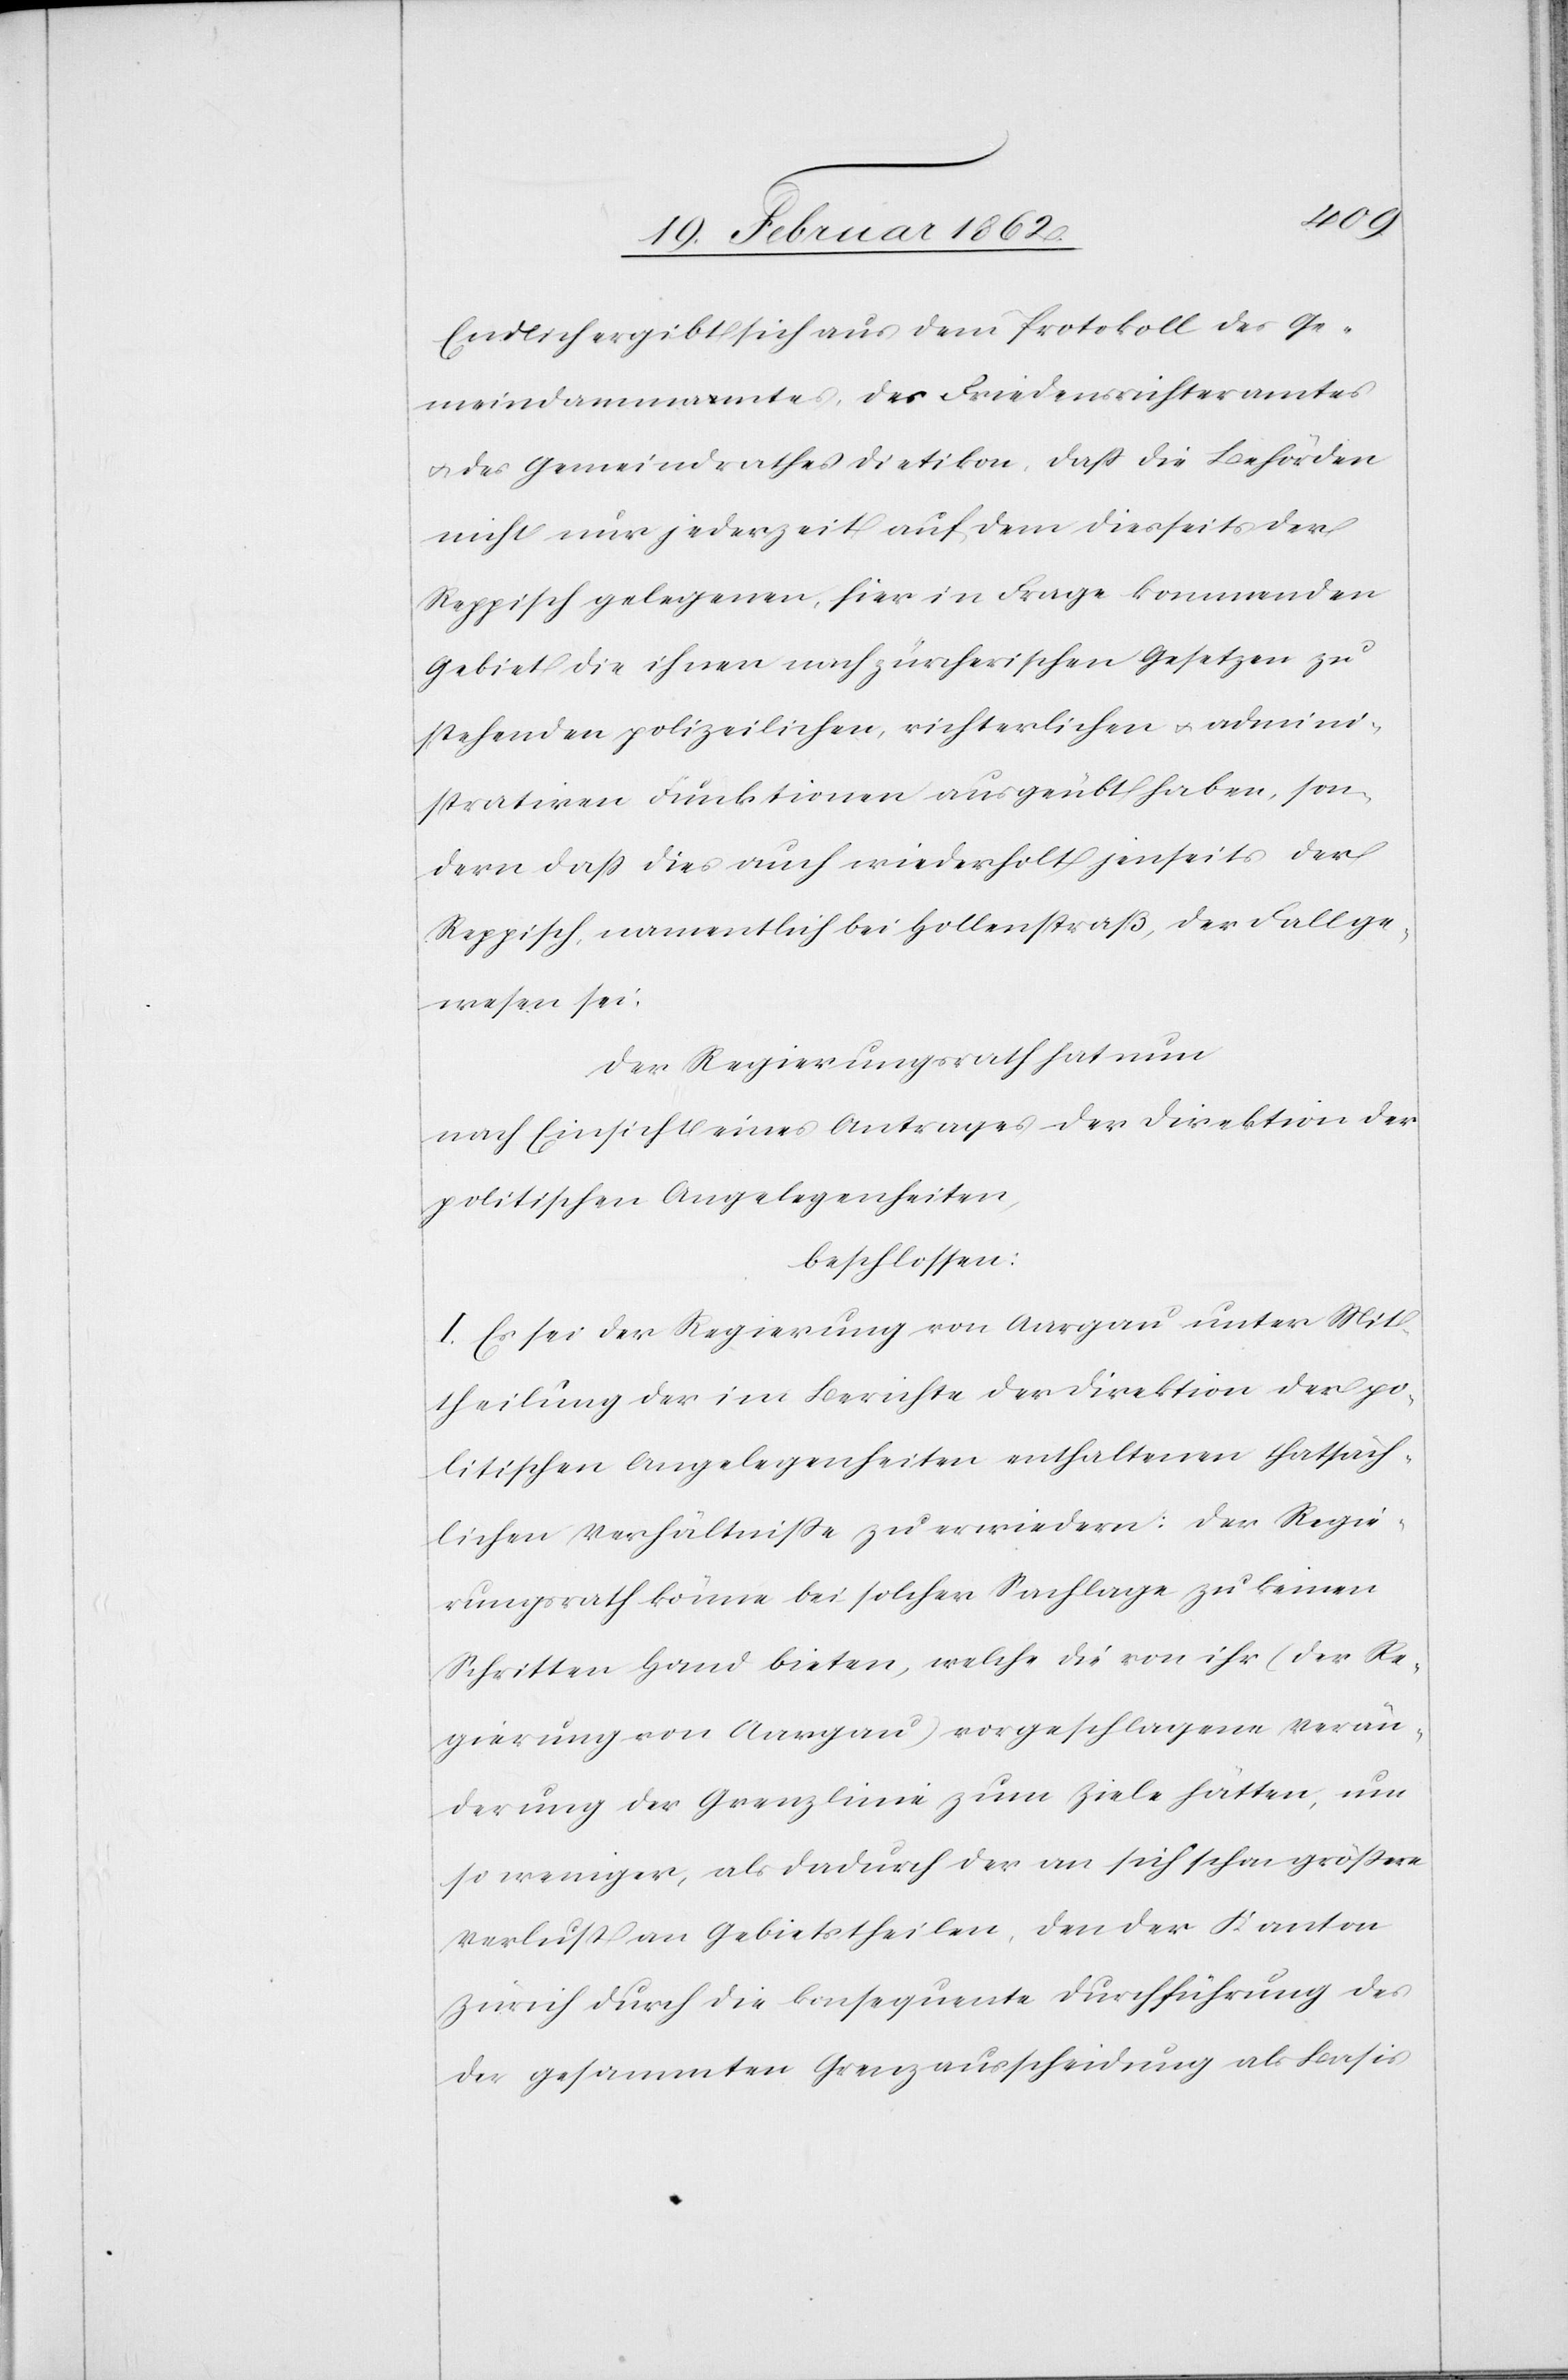
Endlich ergibt sich aus dem Protokoll des Ge¬
meindamma[nna]mtes, des Friedensrichteramtes
u. des Gemeindrathes Dietikon, daß die Behörden
nicht nur jederzeit auf dem diesseits der
Reppisch gelegenen, hier in Frage kommenden
Gebiet die ihnen nach zürcherischen Gesetzen zu
stehenden polizeilichen, richterlichen u. admini¬
strativen Funktionen ausgeübt haben, son¬
dern daß dies auch wiederholt jenseits der
Reppisch, namentlich bei Hollenstraß, der Fall ge¬
wesen sei.
Der Regierungsrath hat nun
nach Einsicht eines Antrages der Direktion der
politischen Angelegenheiten,
beschlossen:
I. Es sei der Regierung von Aargau unter Mit¬
theilung der im Berichte der Direktion der po¬
litschen Angelegenheiten enthaltenen thatsäch¬
lichen Verhältniße zu erwiedern: Der Regie¬
rungsrath könne bei solcher Sachlage zu keinen
Schritten Hand bieten, welche die von ihr (der Re¬
gierung von Aargau) vorgeschlagene Verän¬
derung der Grenzlinie zum Ziele hätten, um
so weniger, als dadurch der an sich schon größere
Verlust an Gebietstheilen, der der Kanton
Zürich durch die konsequente Durchführung des
der gesammten Grenzausscheidung als Basis